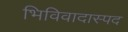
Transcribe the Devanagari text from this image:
भिविवादास्पद